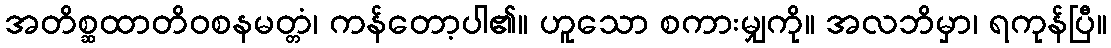
အတိစ္ဆထာတိဝစနမတ္တံ၊ ကန်တော့ပါ၏။ ဟူသော စကားမျှကို။ အလဘိမှာ၊ ရကုန်ပြီ။